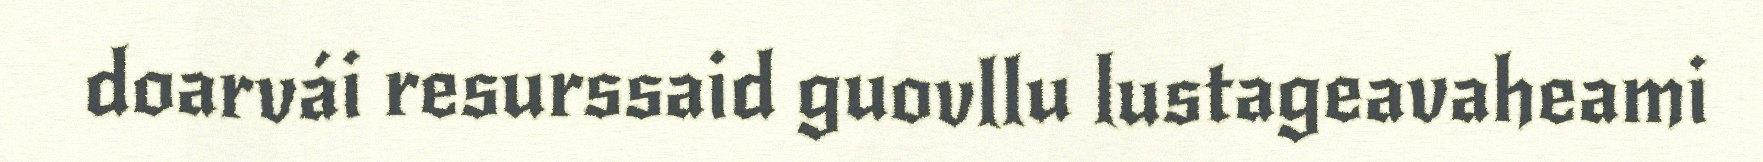
doarvái resurssaid guovllu lustageavaheami